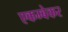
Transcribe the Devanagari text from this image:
एकम्बेकर